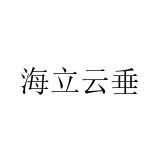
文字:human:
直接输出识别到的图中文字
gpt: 海立云垂